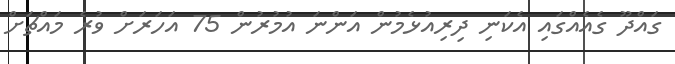
ގައްދޫ ގެއެއްގައި އެކަނި ދިރިއުޅެމުން އަންނަ އުމުރުން 75 އަހަރަށް ވުރެ މައްޗަށް